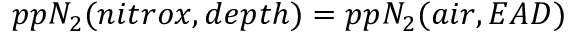
p p N _ { 2 } ( n i t r o x , d e p t h ) = p p N _ { 2 } ( a i r , E A D )